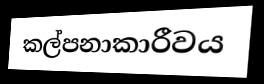
කල්පනාකාරීවය